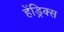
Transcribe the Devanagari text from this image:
हेंड्रिक्‍स